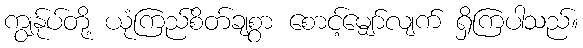
ကျွန်ုပ်တို့ ယုံကြည်စိတ်ချစွာ စောင့်မျှော်လျက် ရှိကြပါသည်။